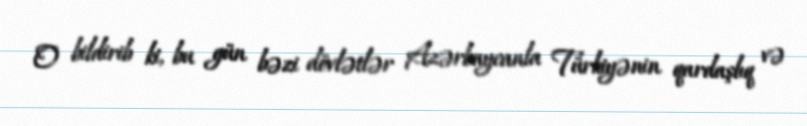
O bildirib ki, bu gün bəzi dövlətlər Azərbaycanla Türkiyənin qardaşlıq və